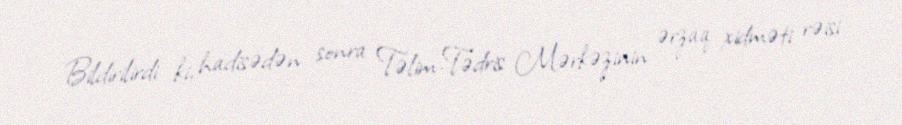
Bildirilirdi ki, hadisədən sonra Təlim-Tədris Mərkəzinin ərzaq xidməti rəisi